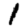
Digit: 1